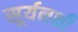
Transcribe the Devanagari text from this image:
सूर्यनक्षी